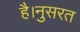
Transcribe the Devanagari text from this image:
है।नुसरत